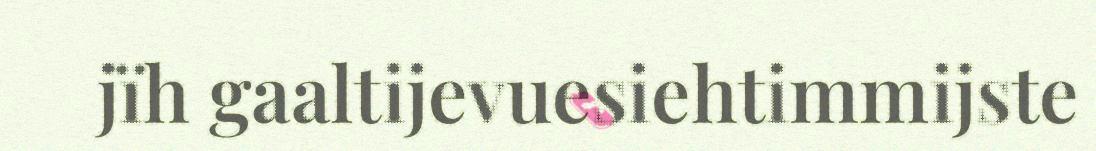
jïh gaaltijevuesiehtimmijste